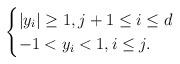
LaTeX: \begin{align*}\begin{cases}|y_{i}|\geq 1, j+1\leq i\leq d\\-1<y_i<1, i\leq j.\end{cases}\end{align*}